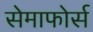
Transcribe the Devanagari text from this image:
सेमाफोर्स